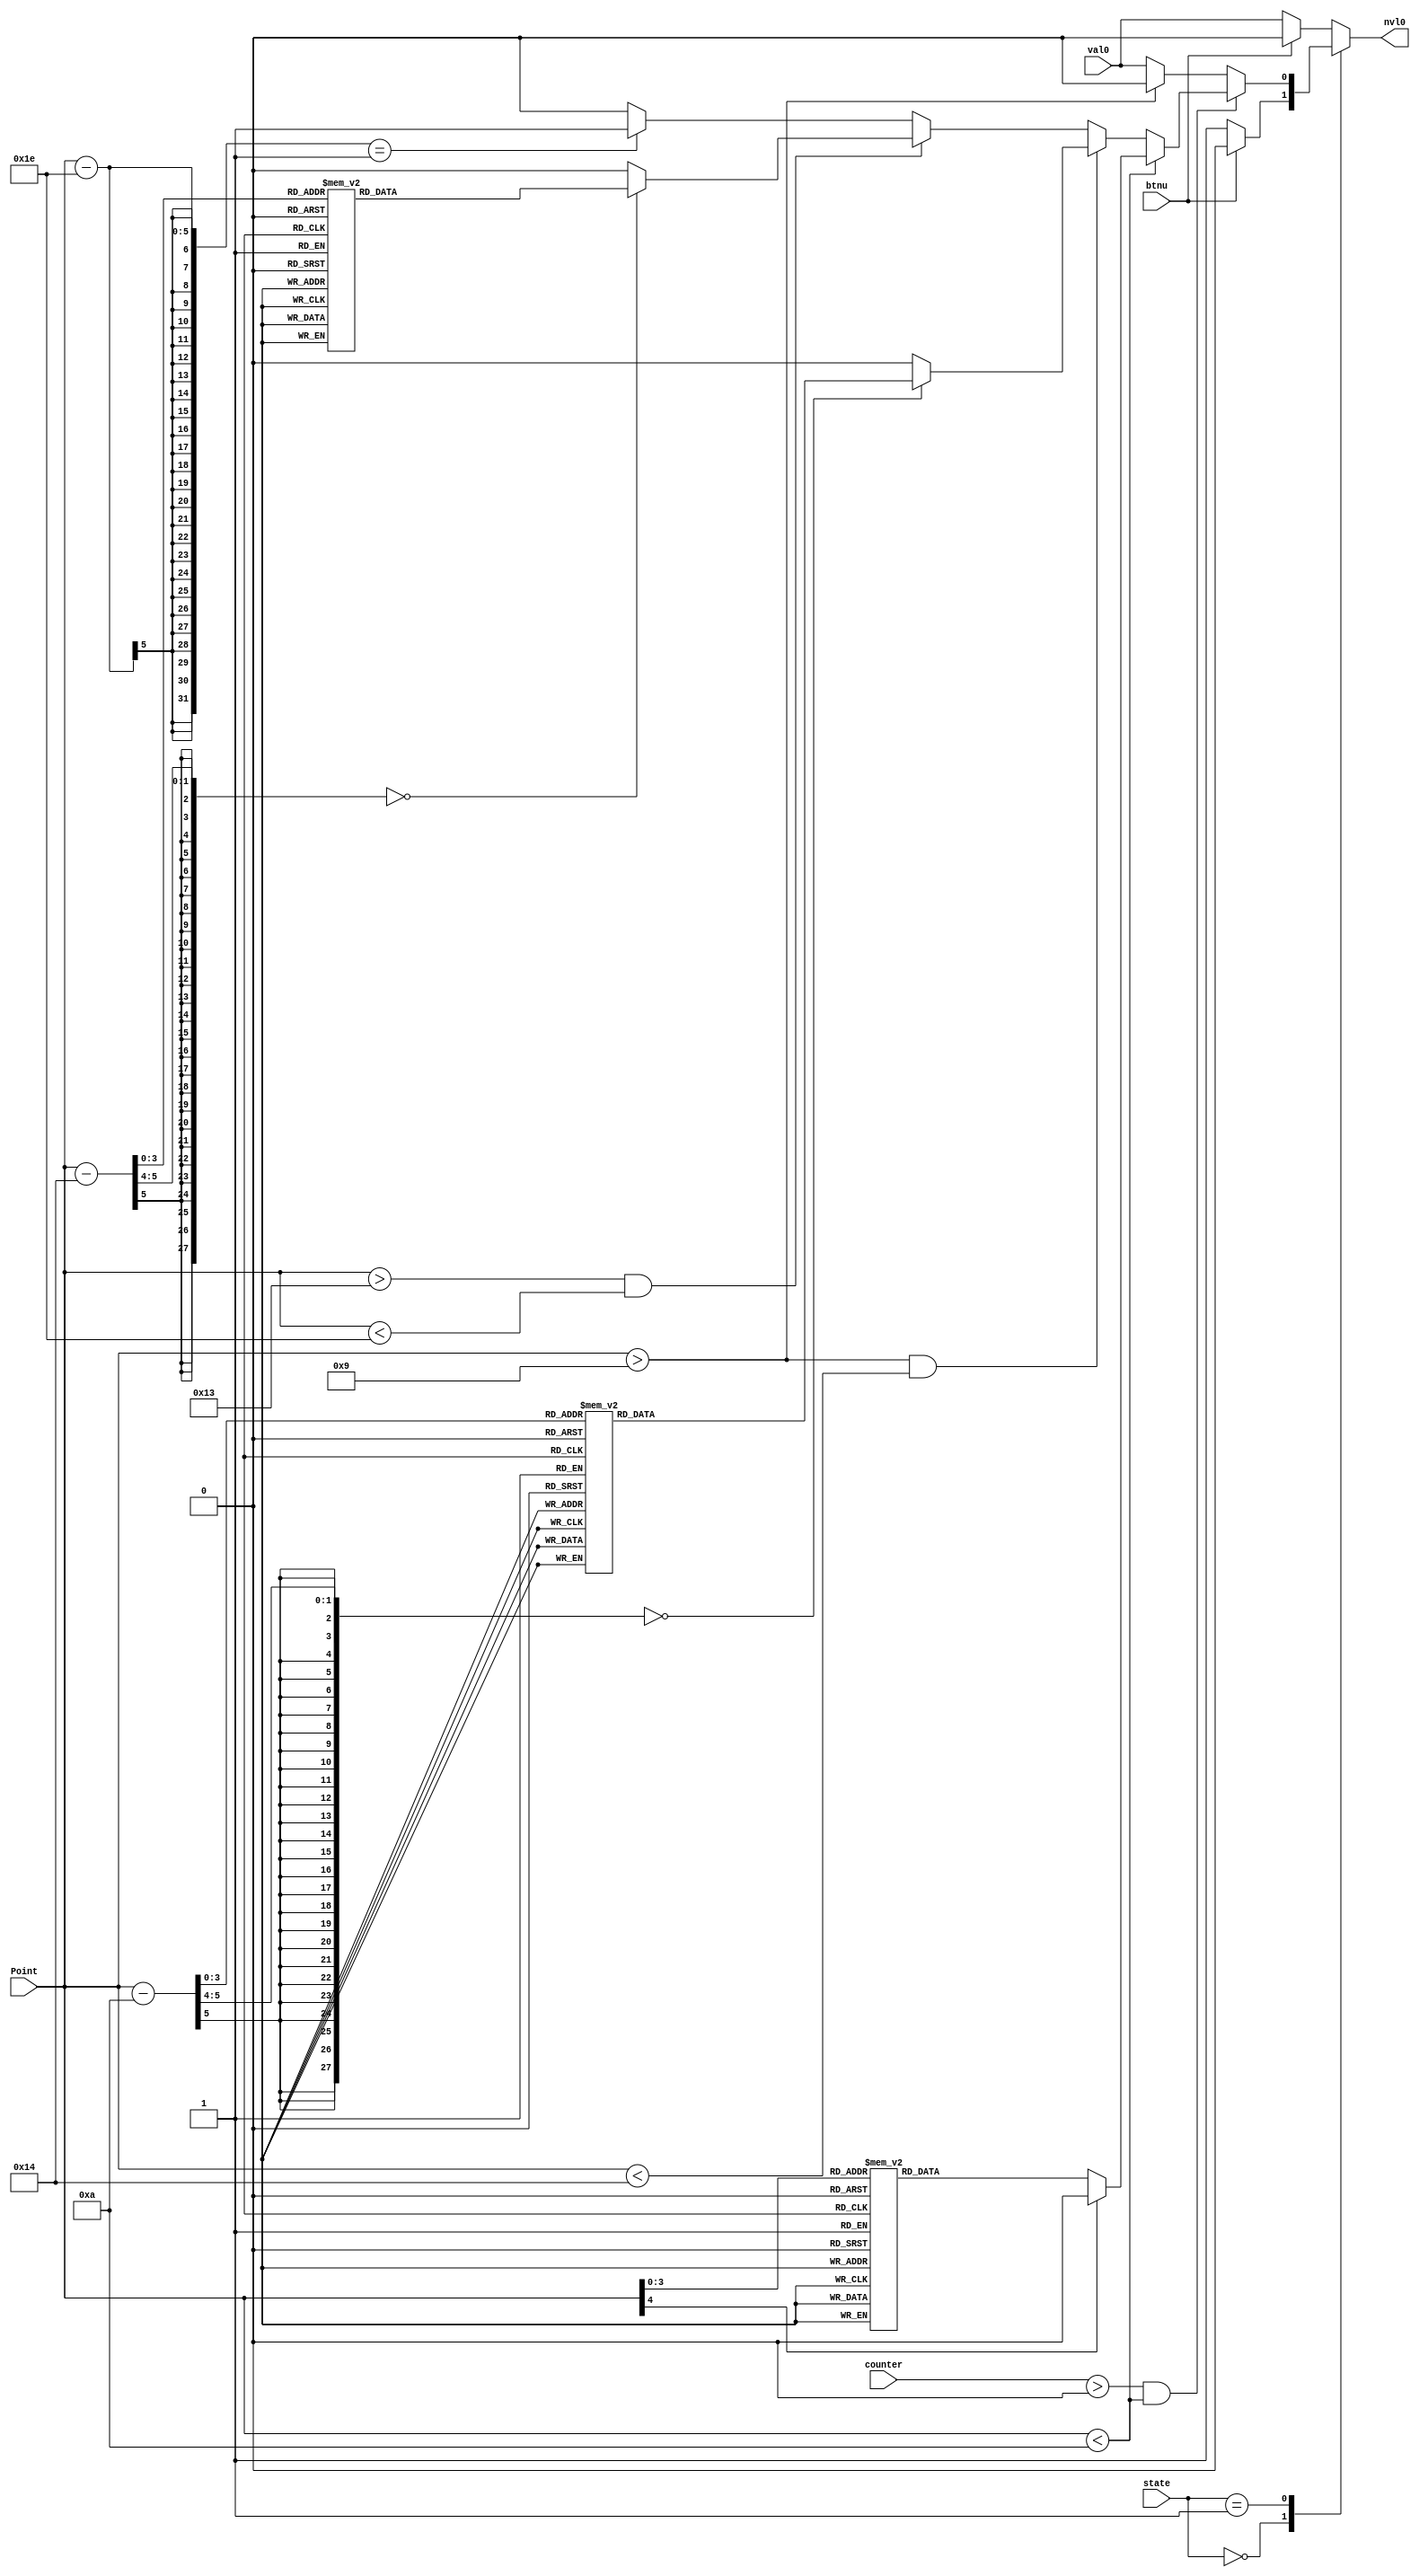
module HandleDigit0(
    input [1:0] state,
    input btnu,
    input [4:0] counter,
    input [4:0] Point,
    input val0,
    output reg nvl0
);
    parameter FINAL = 2'b10;
    parameter GAME = 2'b01;
    parameter INITIAL = 2'b00;
    always @(*) begin
        case (state)
            INITIAL:begin
                if(btnu) nvl0 = 4'd0;
                else nvl0 = 4'd13;
            end
            GAME:begin
                if( counter > 0 && Point < 10) begin
                    if(Point < 10)begin
                        case(Point)
                            5'd0:nvl0 = 4'd0;
                            5'd1:nvl0 = 4'd1;
                            5'd2:nvl0 = 4'd2;
                            5'd3:nvl0 = 4'd3;
                            5'd4:nvl0 = 4'd4;
                            5'd5:nvl0 = 4'd5;
                            5'd6:nvl0 = 4'd6;
                            5'd7:nvl0 = 4'd7;
                            5'd8:nvl0 = 4'd8;
                            5'd9:nvl0 = 4'd9;
                            default:nvl0 = 4'd0;
                        endcase
                    end else if( Point > 9 && Point < 20 )begin
                        case(Point-10)
                            5'd0:nvl0 = 4'd0;
                            5'd1:nvl0 = 4'd1;
                            5'd2:nvl0 = 4'd2;
                            5'd3:nvl0 = 4'd3;
                            5'd4:nvl0 = 4'd4;
                            5'd5:nvl0 = 4'd5;
                            5'd6:nvl0 = 4'd6;
                            5'd7:nvl0 = 4'd7;
                            5'd8:nvl0 = 4'd8;
                            5'd9:nvl0 = 4'd9;
                            default:nvl0 = 4'd0;
                        endcase
                    end else if( Point > 19 && Point < 30 )begin
                        case(Point-20)
                            5'd0:nvl0 = 4'd0;
                            5'd1:nvl0 = 4'd1;
                            5'd2:nvl0 = 4'd2;
                            5'd3:nvl0 = 4'd3;
                            5'd4:nvl0 = 4'd4;
                            5'd5:nvl0 = 4'd5;
                            5'd6:nvl0 = 4'd6;
                            5'd7:nvl0 = 4'd7;
                            5'd8:nvl0 = 4'd8;
                            5'd9:nvl0 = 4'd9;
                            default:nvl0 = 4'd0;
                        endcase
                    end else begin
                        case(Point-30)
                            5'd0:nvl0 = 4'd0;
                            5'd1:nvl0 = 4'd1;
                            default:nvl0 = 4'd0;
                        endcase
                    end
                end else begin
                    if(Point > 9) nvl0 = 4'd12;
                    else nvl0 = val0;
                end
            end
            FINAL:begin
                if(btnu) nvl0 = 4'd0;
                else nvl0 = val0;
            end 
            default:begin
                if(btnu) nvl0 = 4'd0;
                else nvl0 = val0;
            end
        endcase
    end
endmodule